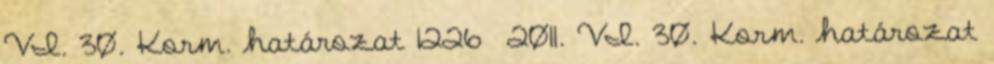
VI. 30. Korm. határozat 1226 2011. VI. 30. Korm. határozat